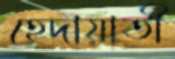
হেদায়াতী